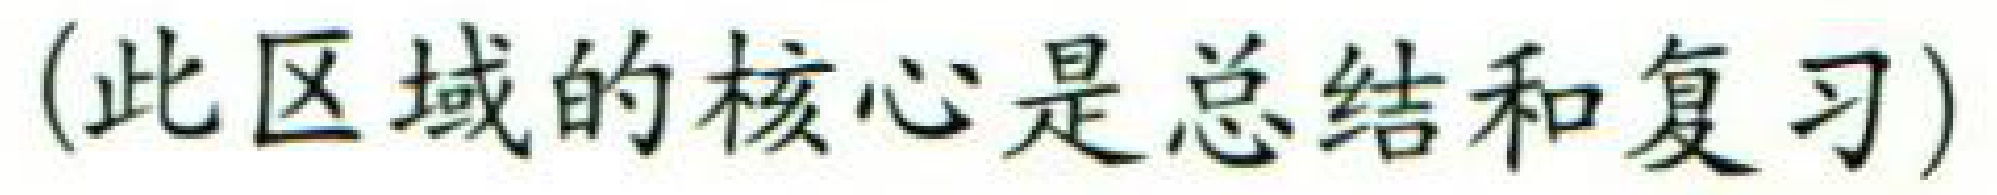
（此区域的核心是总结和复习）